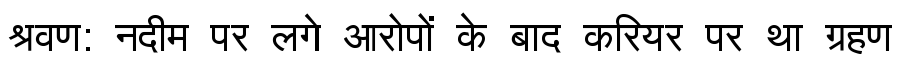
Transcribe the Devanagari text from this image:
श्रवण: नदीम पर लगे आरोपों के बाद करियर पर था ग्रहण